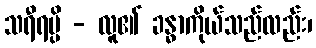
သရီရမ္ပိ - လူ၏ ခန္ဓာကိုယ်သည်လည်း၊